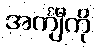
အင်္ကျီကို